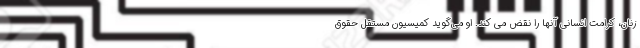
زنان، کرامت انسانی آنها را نقض می کند. او می‌گوید کمیسیون مستقل حقوق